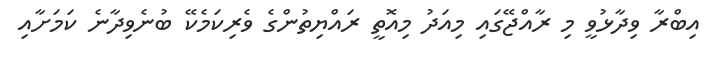
އިބްރާ ވިދާޅުވީ މި ރާއްޖޭގައި މިއަދު މިއޮތީ ރައްޔިތުންގެ ވެރިކަމެކޭ ބުނެވިދާނެ ކަމަށާއި